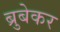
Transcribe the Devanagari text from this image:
ब्रुबेकर